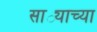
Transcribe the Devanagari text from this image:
साठ्याच्या